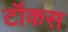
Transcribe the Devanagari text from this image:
टॉकस